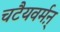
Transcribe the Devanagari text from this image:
चटैयवर्मऩ्